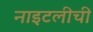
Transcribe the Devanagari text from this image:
नाइटलीची